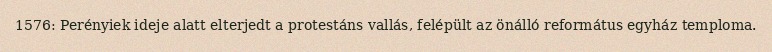
1576: Perényiek ideje alatt elterjedt a protestáns vallás, felépült az önálló református egyház temploma.